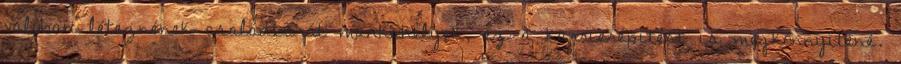
valóban léteznének családbarát munka­helyek, ez a karrierépítést is megkönnyítené.